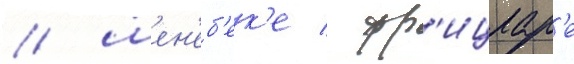
/ шен'еб'ек'е / фр'ицлар'е